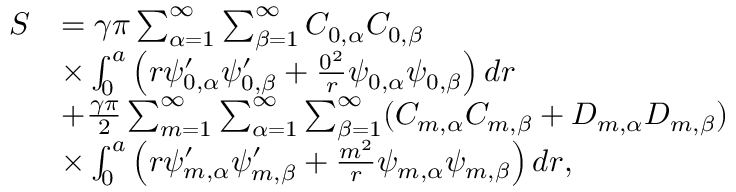
\begin{array} { r l } { S } & { = \gamma \pi \sum _ { \alpha = 1 } ^ { \infty } \sum _ { \beta = 1 } ^ { \infty } C _ { 0 , \alpha } C _ { 0 , \beta } } \\ & { \times \int _ { 0 } ^ { a } \left( r \psi _ { 0 , \alpha } ^ { \prime } \psi _ { 0 , \beta } ^ { \prime } + \frac { 0 ^ { 2 } } { r } \psi _ { 0 , \alpha } \psi _ { 0 , \beta } \right) d r } \\ & { + \frac { \gamma \pi } { 2 } \sum _ { m = 1 } ^ { \infty } \sum _ { \alpha = 1 } ^ { \infty } \sum _ { \beta = 1 } ^ { \infty } ( C _ { m , \alpha } C _ { m , \beta } + D _ { m , \alpha } D _ { m , \beta } ) } \\ & { \times \int _ { 0 } ^ { a } \left( r \psi _ { m , \alpha } ^ { \prime } \psi _ { m , \beta } ^ { \prime } + \frac { m ^ { 2 } } { r } \psi _ { m , \alpha } \psi _ { m , \beta } \right) d r , } \end{array}